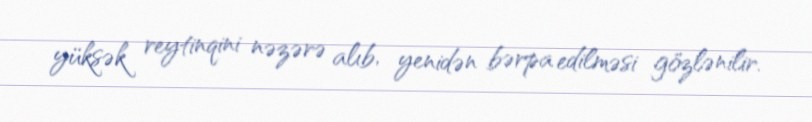
yüksək reytinqini nəzərə alıb, yenidən bərpa edilməsi gözlənilir.